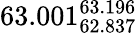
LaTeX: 63.001_{62.837}^{63.196}